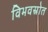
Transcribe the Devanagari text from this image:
विभवस्रोत